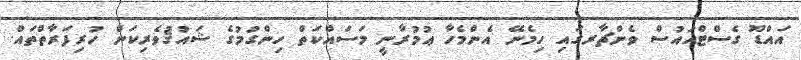
އައްޑޫ ގެސްޓްހައުސް ވެންޗާރގައި ހިމެނޭ އެންމެހާ ޢުުމުރާނީ މަސައްކަތް ހިންގުމުގެ ޝައުޤުވެރިކަން ހުރިފަރާތްތައް.